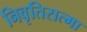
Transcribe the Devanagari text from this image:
निवृतिरात्मा